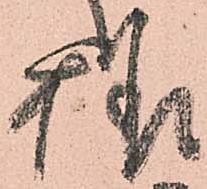
様